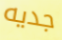
جديه